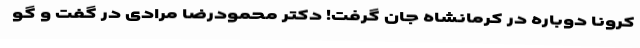
کرونا دوباره در کرمانشاه جان گرفت! دکتر محمودرضا مرادی در گفت و گو